Burma Government Medical School reports 1907-22
Year: 1907
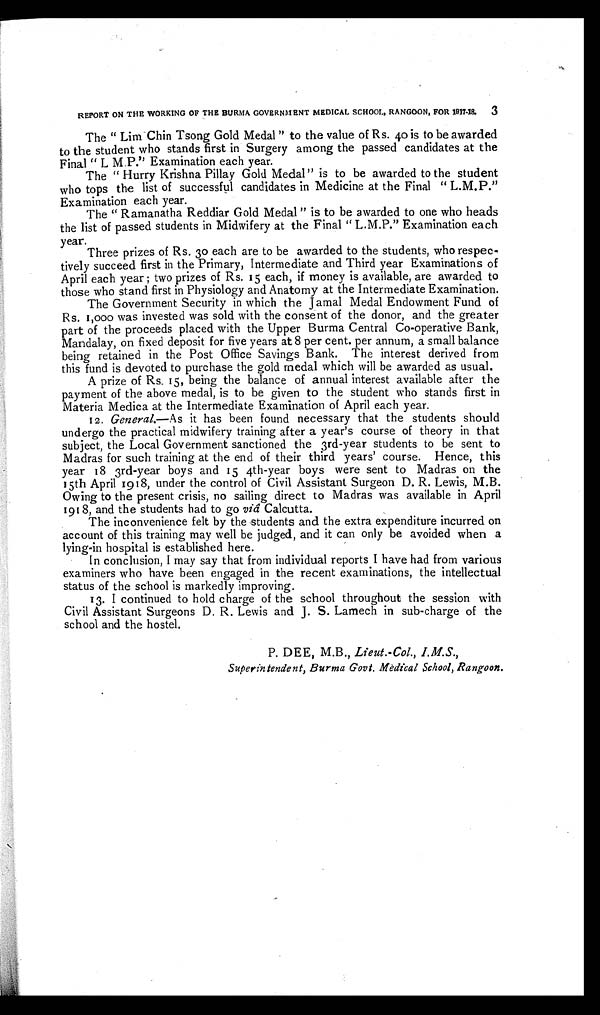
REPORT ON THE WORKING OF THE BURMA GOVERNMENT MEDICAL SCHOOL, RANGOON, FOR 1917-18. 3
The "Lim Chin Tsong Gold Medal" to the value of Rs. 40 is to be awarded
to the student who stands first in Surgery among the passed candidates at the
Final "L M.P." Examination each year.
The "Hurry Krishna Pillay Gold Medal" is to be awarded to the student
who tops the list of successful candidates in Medicine at the Final "L.M.P."
Examination each year.
The "Ramanatha Reddiar Gold Medal" is to be awarded to one who heads
the list of passed students in Midwifery at the Final "L.M.P." Examination each
year.
Three prizes of Rs. 30 each are to be awarded to the students, who respec
- t i v e l y s u c c e e d f i r s t i n t h e P r i m a r y , I n t e r m e d i a t e a n d T h i r d y e a r E x a m i n a t i o n s o f
April each year; two prizes of Rs. 15 each, if money is available, are awarded to
those who stand first in Physiology and Anatomy at the Intermediate Examination.
The Government Security in which the Jamal Medal Endowment Fund of
Rs. 1,000 was invested was sold with the consent of the donor, and the greater
part of the proceeds placed with the Upper Burma Central Co-operative Bank,
Mandalay, on fixed deposit for five years at 8 per cent. per annum, a small balance
being retained in the Post Office Savings Bank. The interest derived from
this fund is devoted to purchase the gold medal which will be awarded as usual.
A prize of Rs. 15, being the balance of annual interest available after the
payment of the above medal, is to be given to the student who stands first in
Materia Medica at the Intermediate Examination of April each year.
12. General. —As it has been found necessary that the students should
undergo the practical midwifery training after a year's course of theory in that
subject, the Local Government sanctioned the 3rd-year students to be sent to
Madras for such training at the end of their third years' course. Hence, this
year 18 3rd-year boys and 15 4th-year boys were sent to Madras on the
15th April 1918, under the control of Civil Assistant Surgeon D. R. Lewis, M.B.
Owing to the present crisis, no sailing direct to Madras was available in April
1918, and the students had to go viâ Calcutta.
The inconvenience felt by the students and the extra expenditure incurred on
account of this training may well be judged, and it can only be avoided when a
lying-in hospital is established here.
In conclusion, I may say that from individual reports I have had from various
examiners who have been engaged in the recent examinations, the intellectual
status of the school is markedly improving.
13. I continued to hold charge of the school throughout the session with
Civil Assistant Surgeons D. R. Lewis and J. S. Lamech in sub-charge of the
school and the hostel.
P. DEE, M.B., Lieut.-Col., I.M.S.,
Superintendent, Burma Govt. Medical School, Rangoon.